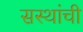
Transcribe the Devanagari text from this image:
सस्थांची